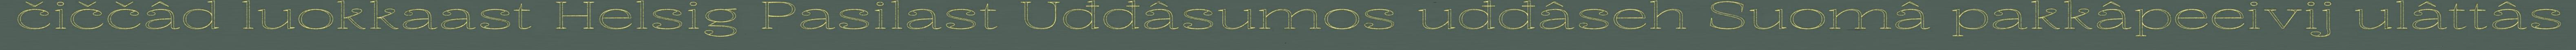
čiččâd luokkaast Helsig Pasilast Uđđâsumos uđđâseh Suomâ pakkâpeeivij ulâttâs